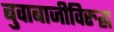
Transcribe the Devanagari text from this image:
बुवाबाजीविरुद्ध